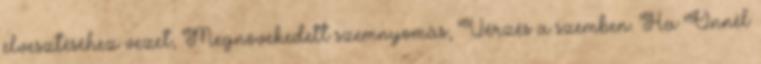
elvesztéséhez vezet, Megnövekedett szemnyomás, Vérzés a szemben. Ha Önnél